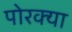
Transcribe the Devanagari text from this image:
पोरक्या